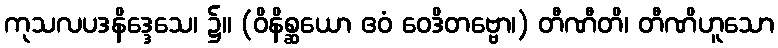
ကုသလပဒနိဒ္ဒေသေ၊ ၌။ (ဝိနိစ္ဆယော ဧဝံ ဝေဒိတဗ္ဗော၊) တီဏီတိ၊ တီဏိဟူသော